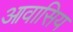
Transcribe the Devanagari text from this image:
आवासिय